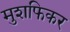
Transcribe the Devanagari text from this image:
मुशफिकर